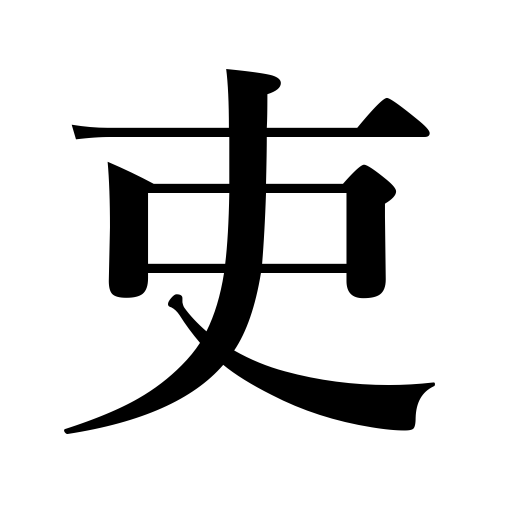
Meanings: an official